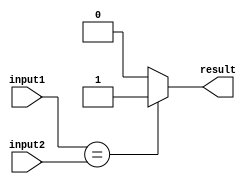
module Equal(
    input1,
    input2,
    result
);

input [31:0] input1, input2;
output result;

assign result = (input1 == input2) ? 1 : 0 ;

endmodule